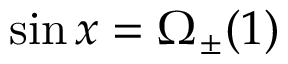
\sin x = \Omega _ { \pm } ( 1 )